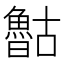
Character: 𰉈